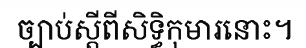
ច្បាប់ស្តីពីសិទ្ធិកុមារនោះ។